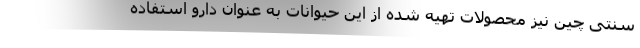
سنتی چین نیز محصولات تهیه شده از این حیوانات به عنوان دارو استفاده